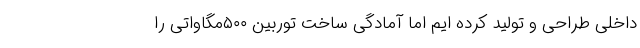
داخلی طراحی و تولید کرده ایم اما آمادگی ساخت توربین ۵۰۰مگاواتی را